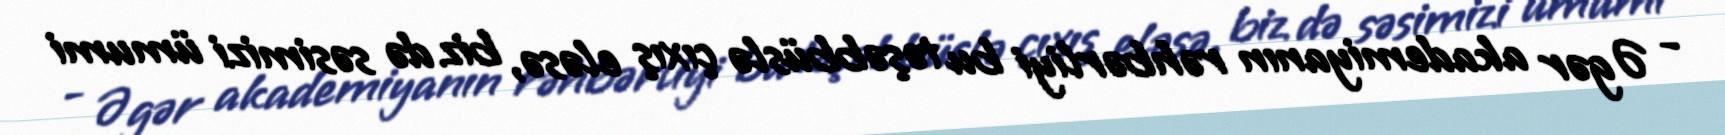
- Əgər akademiyanın rəhbərliyi bu təşəbbüslə çıxış eləsə, biz də səsimizi ümumi